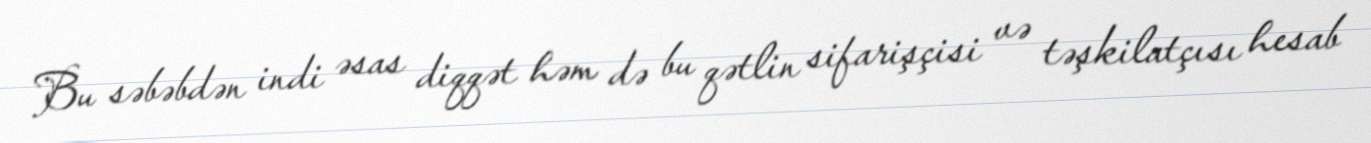
Bu səbəbdən indi əsas diqqət həm də bu qətlin sifarişçisi və təşkilatçısı hesab